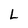
Character: L